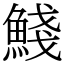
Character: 䱠